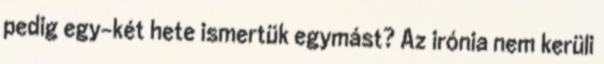
pedig egy-két hete ismertük egymást? Az irónia nem kerüli